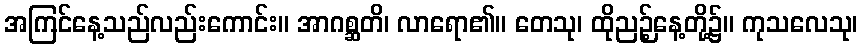
အကြင်နေ့သည်လည်းကောင်း။ အာဂစ္ဆတိ၊ လာရော၏။ တေသု၊ ထိုညဉ့်နေ့တို့၌။ ကုသလေသု၊